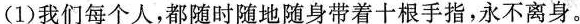
（1）我们每个人，都随时随地随身带着十根手指，永不离身。